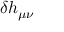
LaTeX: \delta h _ { \mu \nu }